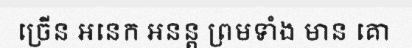
ច្រើន អនេក អនន្ត ព្រមទាំង មាន គោ